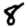
Digit: 8